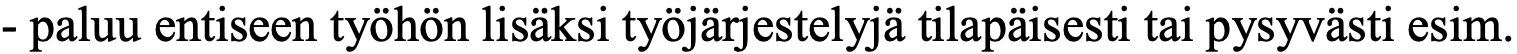
- paluu entiseen työhön lisäksi työjärjestelyjä tilapäisesti tai pysyvästi esim.